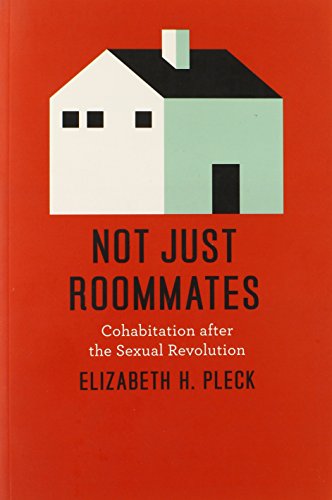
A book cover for Not Just Roommates: Cohabitation after the Sexual Revolution; Elizabeth H. Pleck; Law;